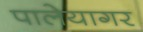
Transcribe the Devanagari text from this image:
पालेयागर